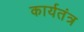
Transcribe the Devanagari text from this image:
कार्यतंत्र